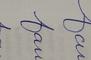
Signature authenticity: forged